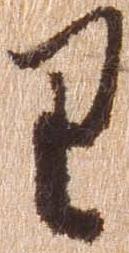
り